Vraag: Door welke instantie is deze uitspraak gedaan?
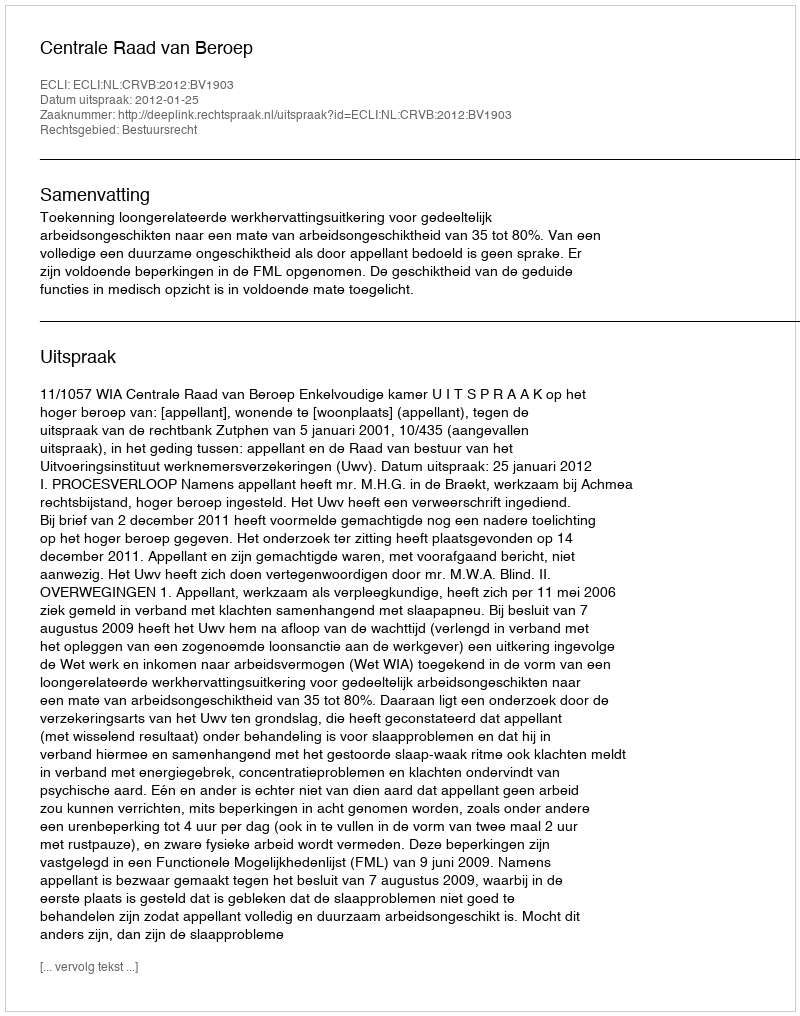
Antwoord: Centrale Raad van Beroep